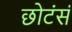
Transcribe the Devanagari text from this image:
छोटंसं